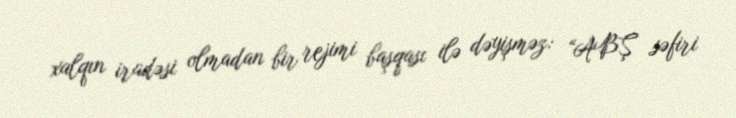
xalqın iradəsi olmadan bir rejimi başqası ilə dəyişməz: “ABŞ səfiri